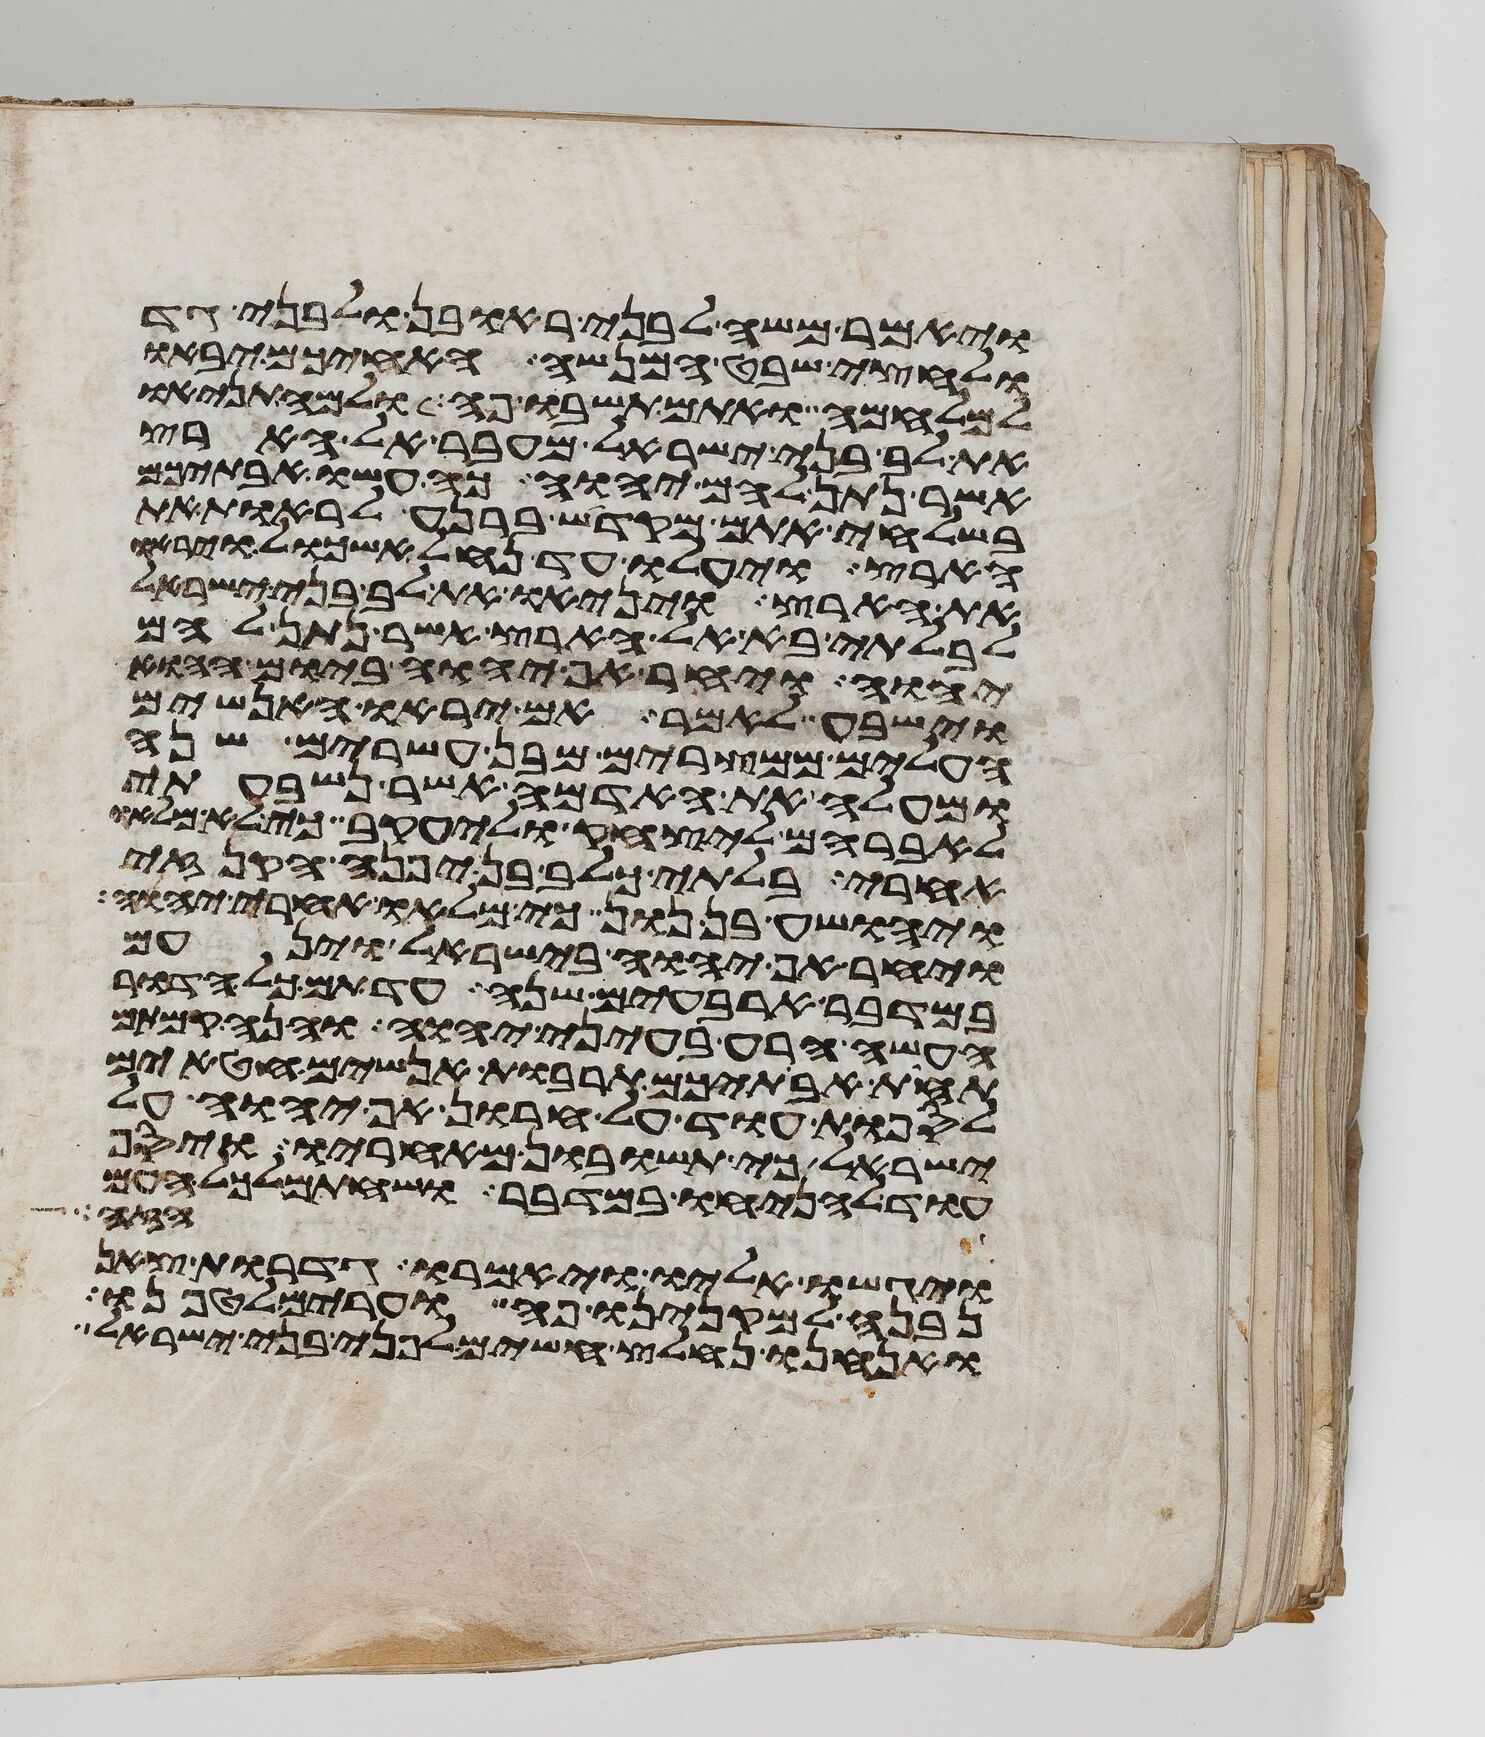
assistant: ויאמר משה לבני ראובן ולבני גד
ולחצי שבט המנשה האחיכם יבאו
למלחמה ואתם תשבו פה ולמה תניאו
את לב בני ישראל מעבר אל הארץ
אשר נתן להם יהוה כה עשו אבתיכם
בשלחי אתם מקדש ברנע לראות את
הארץ ויעלו עד נחל אשכול ויראו
את הארץ ויניאו את לב בני ישראל
לבלתי בא אל הארץ אשר נתן להם
יהוה ויחר אף יהוה ביום ההוא
וישבע לאמר אם יראו האנשים
העלים ממצרים מבן עשרים שנה
ומעלה את האדמה אשר נשבעתי
לאברהם ליצחק וליעקב כי לא מלאו
אחרי בלתי כלב בן יפנה הקנזי
ויהושע בן נון כי מלאו אחרי יהוה
ויחר אף יהוה בישראל וינעם
במדבר ארבעים שנה עד תם כל הדור
העשה הרע בעיני יהוה והנה קמתם
תחת אבתיכם תרבות אנשים חטאים
לספות עוד על חרון אף יהוה על
ישראל כי תשובון מאחריו ויסף
עוד להניחו במדבר ושחתם לכל העם
הזה
ויגשו אליו ויאמרו גדרות צאן
נבנה למקנינו פה וערים לטפנו
ואנחנו נחלץ חשים לפני בני ישראל